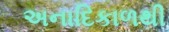
અનાદિકાળથી